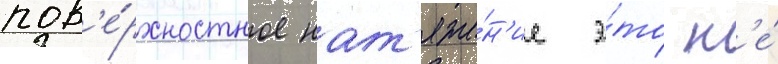
пов'е́рхностное нат'яже́н'ие э́то н'е́